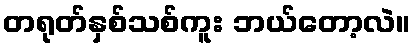
တရုတ်နှစ်သစ်ကူး ဘယ်တော့လဲ။